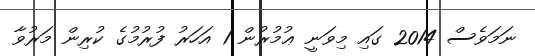
ނަމަވެސް 2014 ގައި މިވަނީ ޢުމުރުން 1 އަހަރު ފުރުމުގެ ކުރިން މަރުވާ